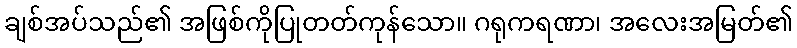
ချစ်အပ်သည်၏ အဖြစ်ကိုပြုတတ်ကုန်သော။ ဂရုကရဏာ၊ အလေးအမြတ်၏